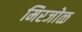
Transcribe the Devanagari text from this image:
मिरजोळ